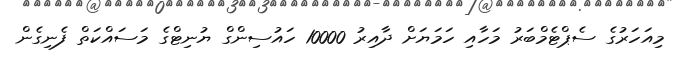
މިއަހަރުގެ ސެޕްޓެމްބަރު މަހާއި ހަމަޔަށް ދާއިރު 10000 ހައުސިންގް ޔުނިޓްގެ މަސައްކަތް ފެނިގެން